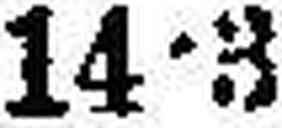
14•3